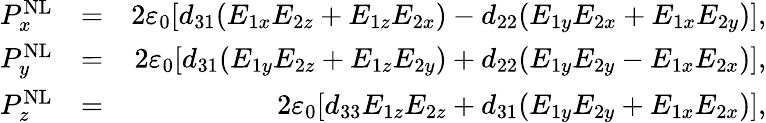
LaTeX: \begin{array}{rlr}{P_{x}^{\mathrm{NL}}}&{=}&{2\varepsilon_{0}[d_{31}(E_{1x}E_{2z}+E_{1z}E_{2x})-d_{22}(E_{1y}E_{2x}+E_{1x}E_{2y})],}\\ {P_{y}^{\mathrm{NL}}}&{=}&{2\varepsilon_{0}[d_{31}(E_{1y}E_{2z}+E_{1z}E_{2y})+d_{22}(E_{1y}E_{2y}-E_{1x}E_{2x})],}\\ {P_{z}^{\mathrm{NL}}}&{=}&{2\varepsilon_{0}[d_{33}E_{1z}E_{2z}+d_{31}(E_{1y}E_{2y}+E_{1x}E_{2x})],}\end{array}